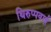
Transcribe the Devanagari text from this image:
थिरुप्पवाई